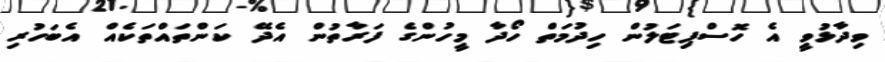
ވިދާޅުވީ އެ ހޮސްޕިޓަލުން ހިދުމަތް ހޯދާ މީހުންގެ ފަރާތުން އެދޭ ކަންތައްތަކެއް އެބަހުރި